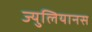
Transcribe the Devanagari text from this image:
ज्युलियानस